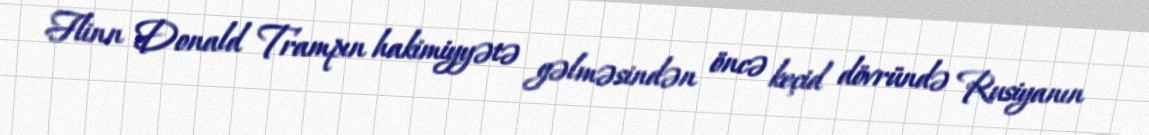
Flinn Donald Trampın hakimiyyətə gəlməsindən öncə keçid dövründə Rusiyanın